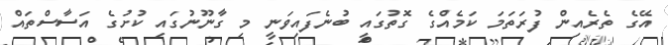
އޭގެ ތެރެއިން ފުރަތަމަ ކަމެއްގެ ގޮތުގައި ބުނެފައިވަނީ މި ގާނޫނުގައި ކުށުގެ އަސާސްތައް